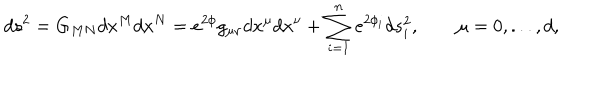
d s ^ { 2 } = G _ { M N } d x ^ { M } d x ^ { N } = e ^ { 2 \phi } g _ { \mu \nu } d x ^ { \mu } d x ^ { \nu } + \sum _ { i = 1 } ^ { n } e ^ { 2 \phi _ { i } } d s _ { i } ^ { 2 } , \qquad \mu = 0 , . . . , d ,